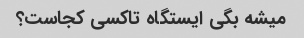
میشه بگی ایستگاه تاکسی کجاست؟